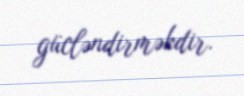
gücləndirməkdir.